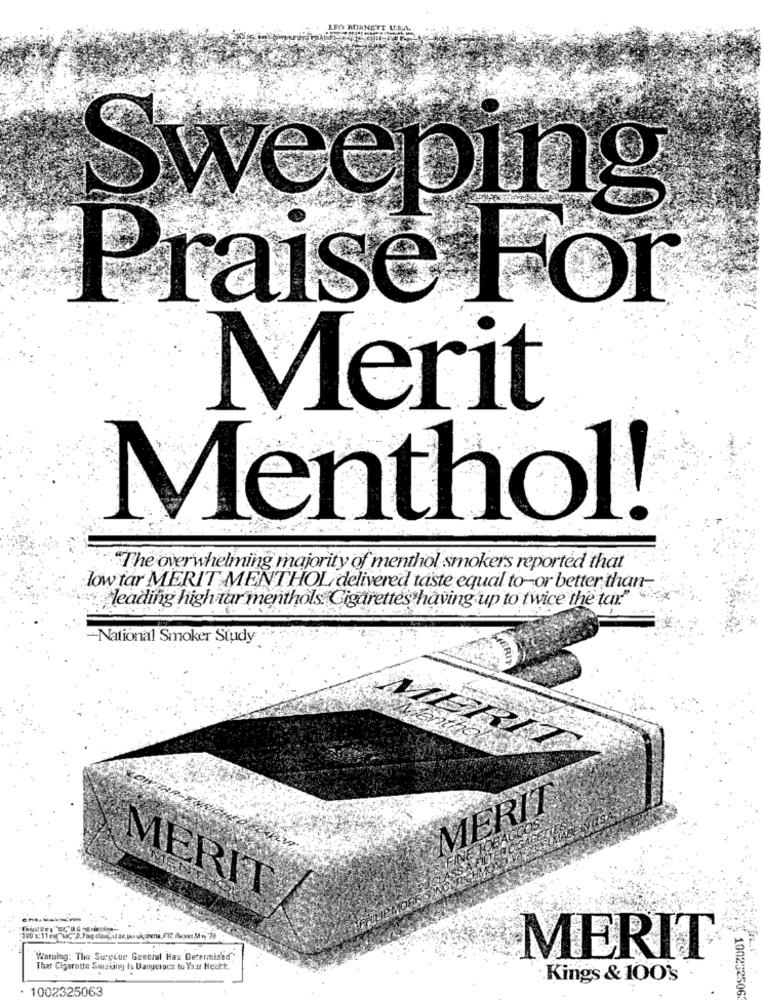
Sweeping
Praise For
Merit
Menthol!
"The overwhelming majority of menthol smokers reported that
low tar MERIT MENTHOL delivered taste equal to-or better than-
"leading high tar menthols. Cigarettes having up to twice the tar"
-National Smoker Study
MERIT
MERIT
MERIT
Warning: The Surgeor General Has Determined
That Cigarette Smuking Is Dangerous to Your Heart ..
Kings & 100's
1002325063
100232506